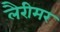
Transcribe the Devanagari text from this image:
लैरीमर